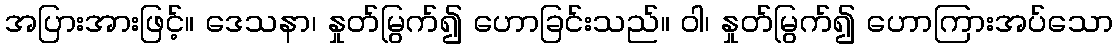
အပြားအားဖြင့်။ ဒေသနာ၊ နှုတ်မြွက်၍ ဟောခြင်းသည်။ ဝါ၊ နှုတ်မြွက်၍ ဟောကြားအပ်သော